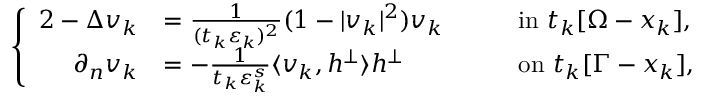
\left\{ \begin{array} { r l r l } { { 2 } - \Delta v _ { k } } & { = \frac { 1 } { ( t _ { k } \varepsilon _ { k } ) ^ { 2 } } ( 1 - | v _ { k } | ^ { 2 } ) v _ { k } \quad } & & { \mathrm { i n } \ t _ { k } [ \Omega - x _ { k } ] , } \\ { \partial _ { n } v _ { k } } & { = - \frac { 1 } { t _ { k } \varepsilon _ { k } ^ { s } } \langle v _ { k } , h ^ { \perp } \rangle h ^ { \perp } \quad } & & { \mathrm { o n } \ t _ { k } [ \Gamma - x _ { k } ] , } \end{array} \right.